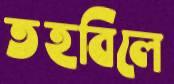
তহবিলে